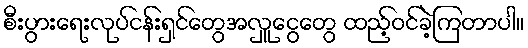
စီးပွားရေးလုပ်ငန်းရှင်တွေအလှူငွေတွေ ထည့်ဝင်ခဲ့ကြတာပါ။